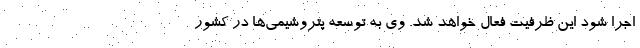
اجرا شود این ظرفیت فعال خواهد شد. وی به توسعه پتروشیمی‌ها در کشور